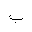
Letter: _ba